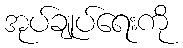
အုပ်ချုပ်ရေးကို